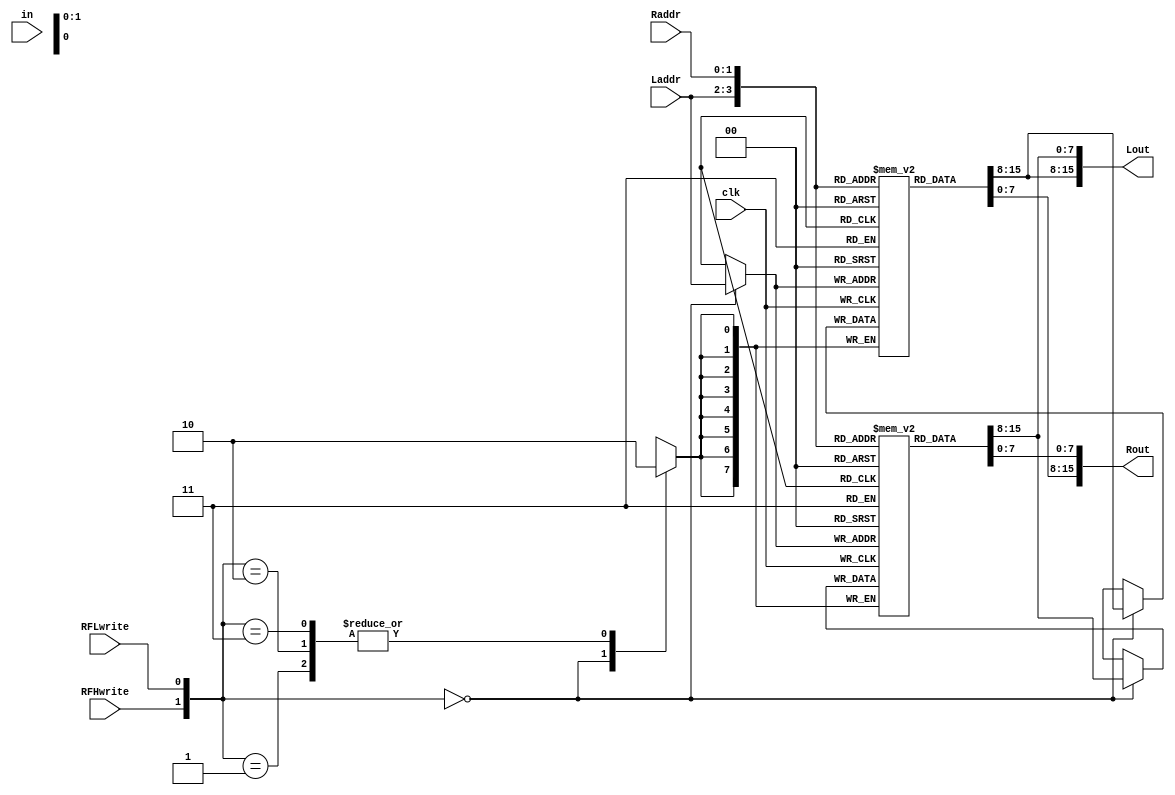
//----------------------------------------------------------------------
//--SAYEH (Simple Architecture Yet Enough Hardware) CPU
//----------------------------------------------------------------------
// Register File

`timescale 1 ns /1 ns

module RegisterFile (
	input [15:0] in,
	input clk, RFLwrite, RFHwrite,
	//
	input [1:0] Laddr, Raddr,
	output [15:0] Lout, Rout
);

reg [7:0] MemoryFileH [0:3];//rf
reg [7:0] MemoryFileL [0:3];//rf

//
assign Lout = {MemoryFileH [Laddr], MemoryFileL[Laddr]};
assign Rout = {MemoryFileH [Raddr], MemoryFileL[Raddr]};

//
always @(negedge clk) begin
	case({RFHwrite,RFLwrite})
		2'b00: begin //keep
			MemoryFileH[Laddr] <= MemoryFileH[Laddr];
			MemoryFileL[Laddr] <= MemoryFileL[Laddr];
		end
		2'b01: begin 
			//add your code
		end
		2'b10: begin 
			//add your code
		end
		2'b11: begin 
			//add your code
		end
	endcase
end

endmodule